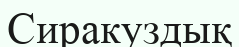
Сиракуздық